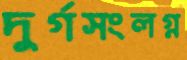
দুর্গসংলগ্ন